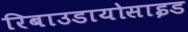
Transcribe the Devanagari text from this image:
रिबाउडायोसाइड